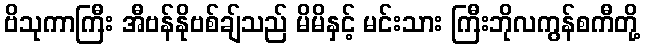
ဗိသုကာကြီး အီဗန်နိုဗစ်ချ်သည် မိမိနှင့် မင်းသား ကြီးဘိုလကွန်စကီတို့